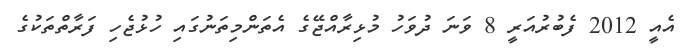
އެއީ 2012 ފެބުރުއަރީ 8 ވަނަ ދުވަހު މުޅިރާއްޖޭގެ އެތަންމިތަނުގައި ހުޅުޖެހި ފަރާތްތަކުގެ